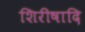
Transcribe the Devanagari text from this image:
शिरीषादि